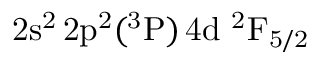
\mathrm { 2 s ^ { 2 } \, 2 p ^ { 2 } ( ^ { 3 } P ) \, 4 d ~ ^ { 2 } F _ { 5 / 2 } }